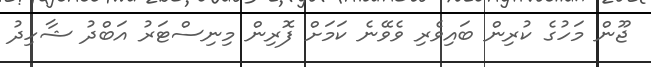
ޖޫން މަހުގެ ކުރިން ބައިވެރި ވެވޭނެ ކަމަށް ފޮރިން މިނިސްޓަރު އަބްދު ޝާހިދު